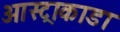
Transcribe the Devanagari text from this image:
आस्ट्राकाडा